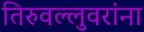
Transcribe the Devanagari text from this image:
तिरुवल्लुवरांना